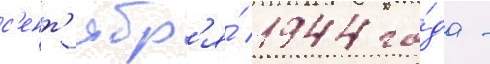
с'ент'ябр'я́ 1944 го́да -